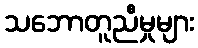
သဘောတူညီမှုများ